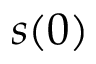
s ( 0 )